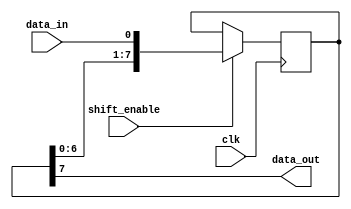
module PISO_shift_register(
    input wire data_in,
    input wire clk,
    input wire shift_enable,
    output reg data_out
);

reg [7:0] shift_reg;

always @(posedge clk) begin
    if (shift_enable) begin
        shift_reg <= {shift_reg[6:0], data_in};
    end
end

always @(*) begin
    data_out = shift_reg[7];
end

endmodule